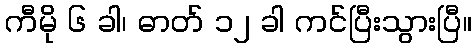
ကီမို ၆ ခါ၊ ဓာတ် ၁၂ ခါ ကင်ပြီးသွားပြီ။